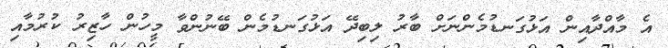
އެ މާއްދާއިން އަޅުގަނޑުމެންނަށް ބާރު ލިބިދޭ އަޅުގަނޑުމެން ބޭނުންވާ މީހުން ހާޒިރު ކުރުމާއި